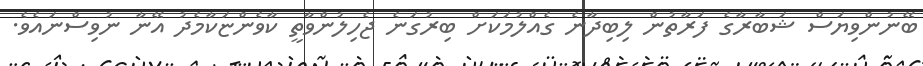
ބޭނުންވިޔަސް ޝަބާރާގެ ފަރާތުން ލިބިދާނެ ގެއްލުމަކަށް ބިރުގަނެ ޖެހިލުންވާތީ ކާވެންޏަކާމެދު އޭނާ ނުވިސްނައެވެ.